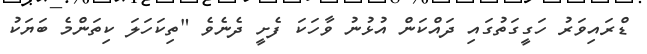
ޑްރައިވަރު ހަގީގަތުގައި ދައްކަން އުޅުނު ވާހަކަ ފެށީ ދެނެވެ "ތިކަހަލަ ކިތަންމެ ބަޔަކު